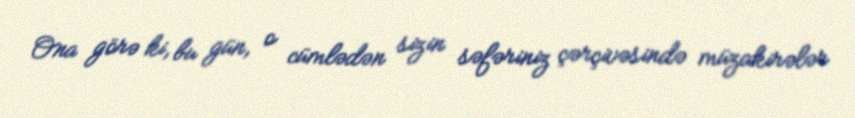
Ona görə ki, bu gün, o cümlədən sizin səfəriniz çərçivəsində müzakirələr